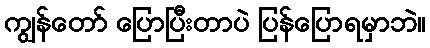
ကျွန်တော် ပြောပြီးတာပဲ ပြန်ပြောရမှာဘဲ။